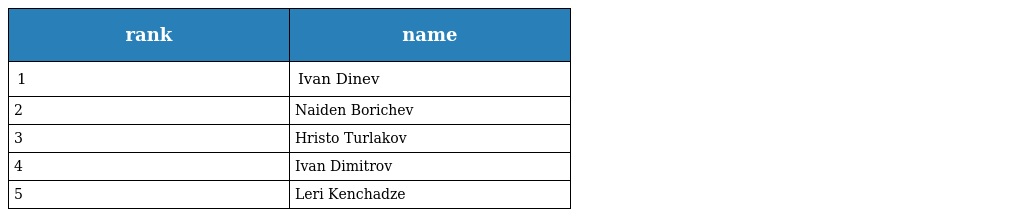
| rank | name |
 | --- | --- |
 | 1 | Ivan Dinev |
 | 2 | Naiden Borichev |
 | 3 | Hristo Turlakov |
 | 4 | Ivan Dimitrov |
 | 5 | Leri Kenchadze |